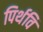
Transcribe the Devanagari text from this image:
पिर्थवि